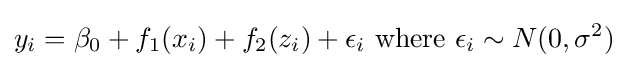
y_{i}=\beta _{0}+f_{1}(x_{i})+f_{2}(z_{i})+\epsilon _{i}{\text{ where }}\epsilon _{i}\sim N(0,\sigma ^{2})